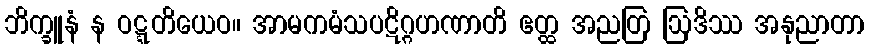
ဘိက္ခူနံ န ဝဋ္ဋတိယေဝ။ အာမကမံသပဋိဂ္ဂဟဏာတိ ဧတ္ထ အညတြ ဩဒိဿ အနုညာတာ